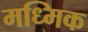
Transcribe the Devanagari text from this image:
मध्मिक